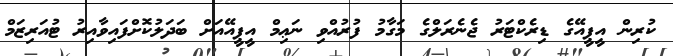
ކުރިން އީޕީއޭގެ ޑިރެކްޓަރު ޖެނެރަލްގެ މަގާމު ފުރުއްވި ނަޢިމް އީޕީއޭއަށް ބަދަލުކޮށްފައިވާއިރު ޓުއަރިޒަމް